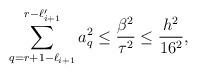
LaTeX: \begin{align*}\sum_{q=r+1-\ell_{i+1}}^{r-\ell_{i+1}'}a_q^2\leq \frac{\beta^2}{\tau^2}\leq \frac{h^2}{16^2},\end{align*}